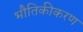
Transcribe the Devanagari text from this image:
भौतिकीकरण